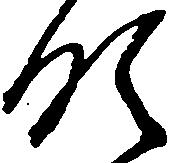
領